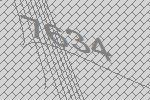
7634